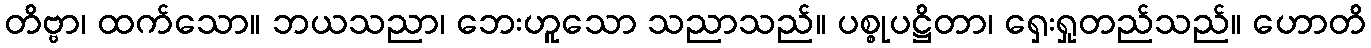
တိဗ္ဗာ၊ ထက်သော။ ဘယသညာ၊ ဘေးဟူသော သညာသည်။ ပစ္စုပဋ္ဌိတာ၊ ရှေးရှုတည်သည်။ ဟောတိ